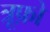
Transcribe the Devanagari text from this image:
त्रूफ़ो